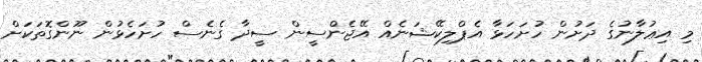
މި އިޢުލާނުގެ ދަށުން ހުށަހަޅާ އެޕްލިކޭޝަނެއް އޭޖެންސީން ސީދާ ގެނެސް ހުށަހެޅުން ނޫންގޮތަކަށް